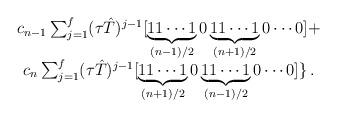
LaTeX: \begin{align*}\begin{array}{c} c_{n-1}\sum_{j=1}\sp {f} (\tau\hat T)\sp {j-1}[\underbrace{11\cdots1}_{(n-1)/2}0\underbrace{11\cdots1}_{(n+1)/2}0\cdots0] +\\ c_n\sum_{j=1}\sp {f}(\tau\hat T)\sp{j-1}[\underbrace{11\cdots1}_{(n+1)/2}0\underbrace{11\cdots1}_{(n-1)/2}0\cdots0]\}\,. \end{array}\end{align*}